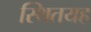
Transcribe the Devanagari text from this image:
स्थितयह